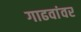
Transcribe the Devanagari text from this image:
गाढवांवर